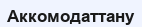
Аккомодаттану